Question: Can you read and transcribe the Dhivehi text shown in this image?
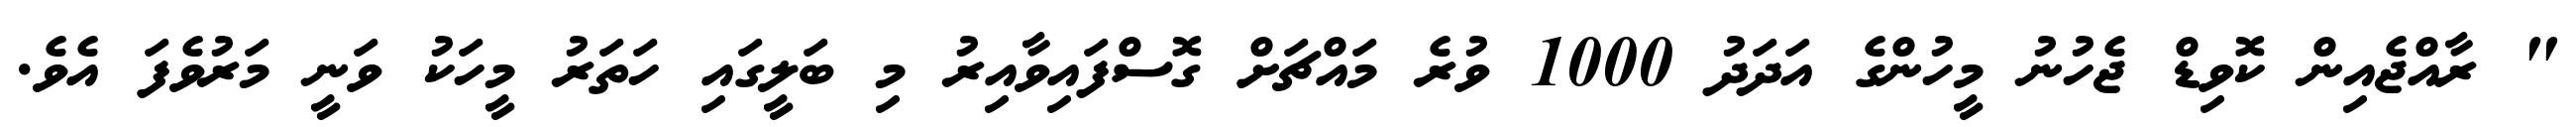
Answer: " ރާއްޖެއިން ކޮވިޑް ޖެހުނު މީހުންގެ އަދަދު 1000 ވުރެ މައްޗަށް ގޮސްފައިވާއިރު މި ބަލީގައި ހަތަރު މީހަކު ވަނީ މަރުވެފަ އެވެ.